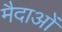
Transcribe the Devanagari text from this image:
मैदाओं